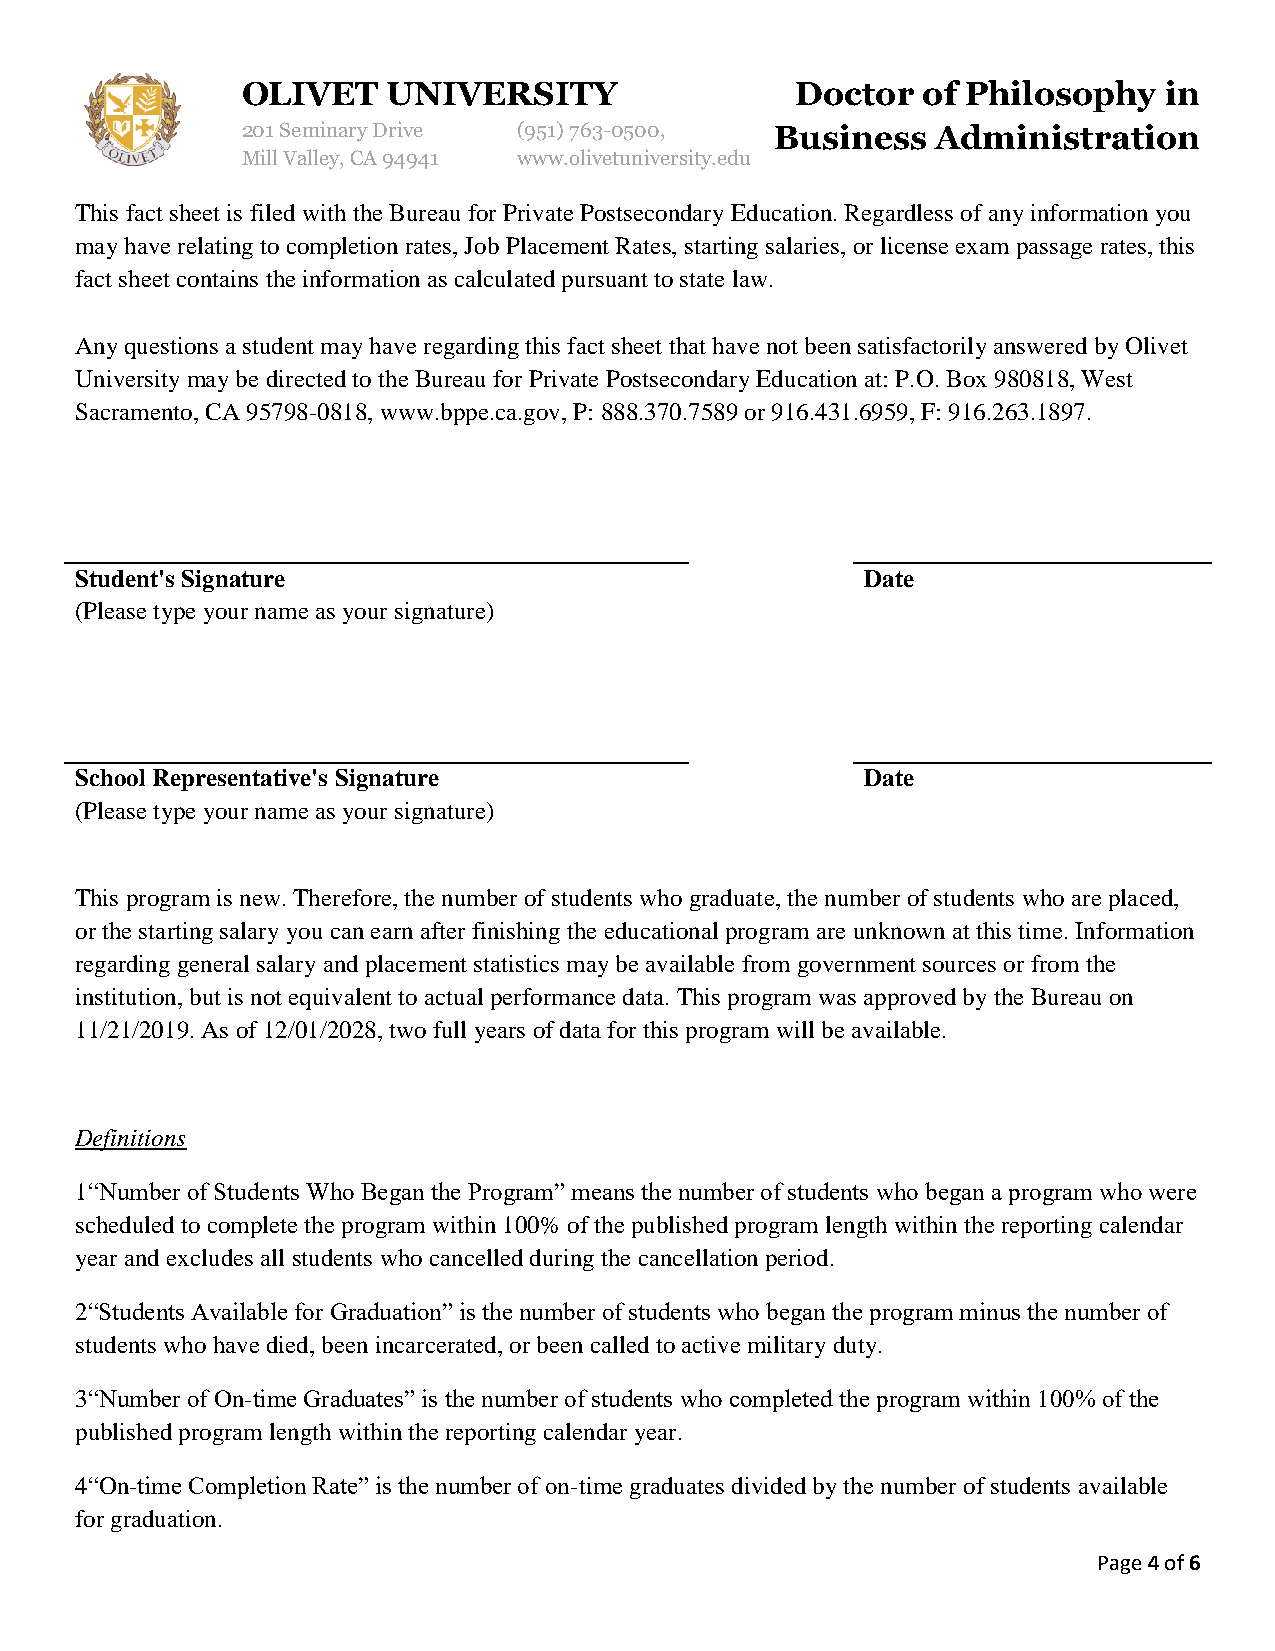
OLIVET    UNIVERSITY                 Doctor  of Philosophy   in
 201 Seminary Drive (951) 763-0500, Business   Administration
 Mill Valley, CA 94941 www.olivetuniversity.edu
 This fact sheet is filed with the Bureau for Private Postsecondary Education. Regardless of any information you
 may have relating to completion rates, Job Placement Rates, starting salaries, or license exam passage rates, this
 fact sheet contains the information as calculated pursuant to state law.
 Any questions a student may have regarding this fact sheet that have not been satisfactorily answered by Olivet
 University may be directed to the Bureau for Private Postsecondary Education at: P.O. Box 980818, West
 Sacramento, CA 95798-0818, www.bppe.ca.gov, P: 888.370.7589 or 916.431.6959, F: 916.263.1897.
 Student's Signature                                 Date
 (Please type your name as your signature)
 School Representative's Signature                   Date
 (Please type your name as your signature)
 This program is new. Therefore, the number of students who graduate, the number of students who are placed,
 or the starting salary you can earn after finishing the educational program are unknown at this time. Information
 regarding general salary and placement statistics may be available from government sources or from the
 institution, but is not equivalent to actual performance data. This program was approved by the Bureau on
 11/21/2019. As of 12/01/2028, two full years of data for this program will be available.
 Definitions
 1“Number of Students Who Began the Program” means the number of students who began a program who were
 scheduled to complete the program within 100% of the published program length within the reporting calendar
 year and excludes all students who cancelled during the cancellation period.
 2“Students Available for Graduation” is the number of students who began the program minus the number of
 students who have died, been incarcerated, or been called to active military duty.
 3“Number of On-time Graduates” is the number of students who completed the program within 100% of the
 published program length within the reporting calendar year.
 4“On-time Completion Rate” is the number of on-time graduates divided by the number of students available
 for graduation.
 Page 4 of 6